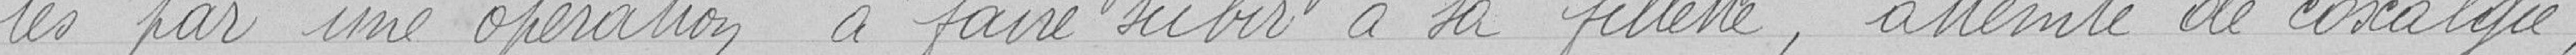
tés par une opération à faire subir à sa fillette, atteinte de coxalgie